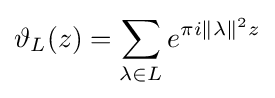
\vartheta _{L}(z)=\sum _{\lambda \in L}e^{\pi i\Vert \lambda \Vert ^{2}z}